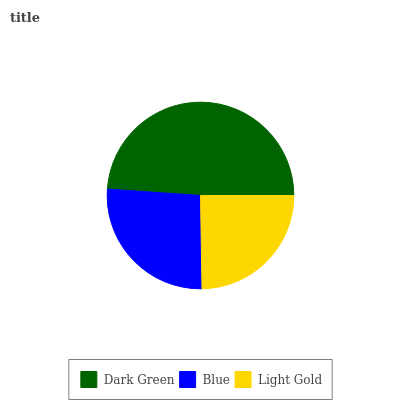
| Dark Green | Blue | Light Gold |
 | --- | --- | --- |
 | 48.9% | 26.4% | 24.7% |